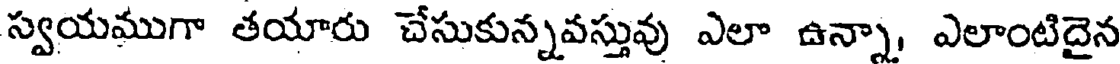
స్వయముగా తయారు చేసుకున్నవస్తువు ఎలా ఉన్నా, ఎలాంటిదైన